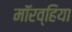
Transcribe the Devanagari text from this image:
मॉरव्हिया